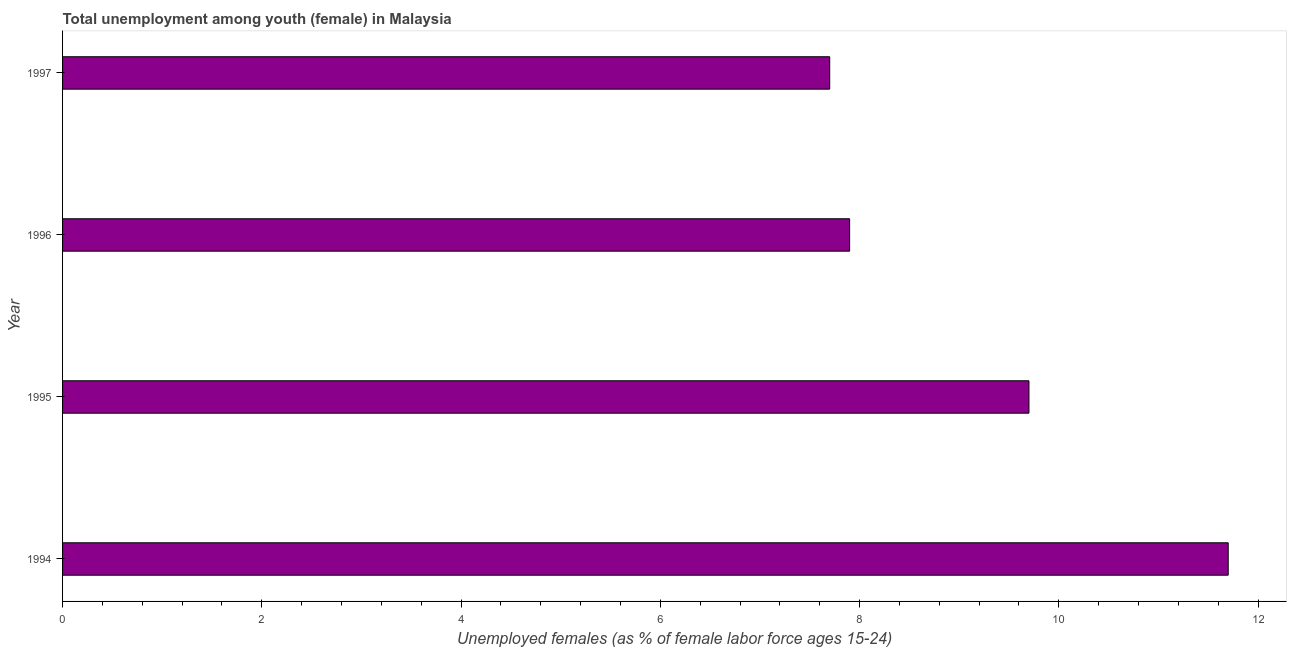
| Year | Unemployment |
 | --- | --- |
 | 1994 | 11.7 |
 | 1995 | 9.7 |
 | 1996 | 7.9 |
 | 1997 | 7.7 |